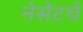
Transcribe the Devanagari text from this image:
नेसेटचे